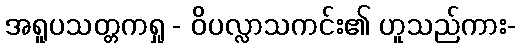
အရူပသတ္တကရှု - ဝိပလ္လာသကင်း၏ ဟူသည်ကား-